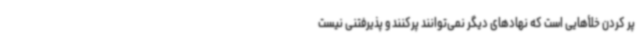
پر کردن خلأهایی است که نهادهای دیگر نمی‌توانند پرکنند و پذیرفتنی نیست